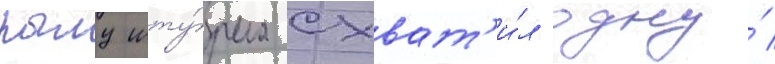
пылу шту́рма схват'и́л одну́